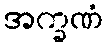
အက္ခဏံ